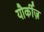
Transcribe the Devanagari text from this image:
यौर्कीज़